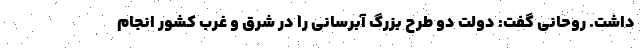
داشت. روحانی گفت: دولت دو طرح بزرگ آبرسانی را در شرق و غرب کشور انجام